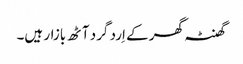
گھنٹہ گھر کے اِرد گرد آٹھ بازار ہیں۔